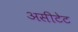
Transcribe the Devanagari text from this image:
असीटेट